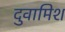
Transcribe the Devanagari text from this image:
दुवामिश